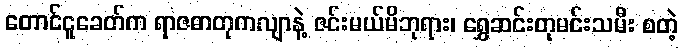
တောင်ငူခေတ်က ရာဇဓာတုကလျာနဲ့ ဇင်းမယ်မိဘုရား၊ ရွှေဆင်းတုမင်းသမီး စတဲ့